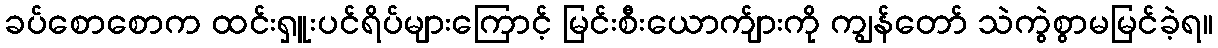
ခပ်စောစောက ထင်းရှူးပင်ရိပ်များကြောင့် မြင်းစီးယောက်ျားကို ကျွန်တော် သဲကွဲစွာမမြင်ခဲ့ရ။